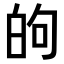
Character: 𫞮